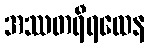
အဿတရီရထေန